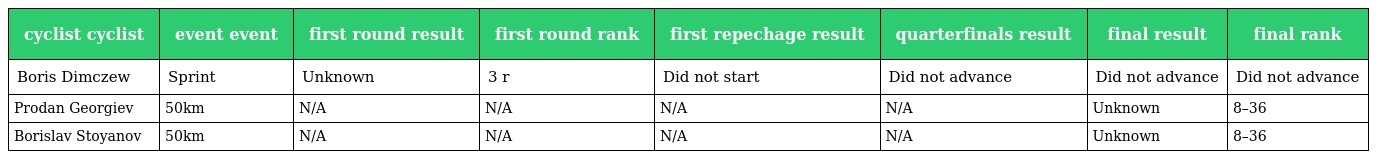
| cyclist cyclist | event event | first round result | first round rank | first repechage result | quarterfinals result | final result | final rank |
 | --- | --- | --- | --- | --- | --- | --- | --- |
 | Boris Dimczew | Sprint | Unknown | 3 r | Did not start | Did not advance | Did not advance | Did not advance |
 | Prodan Georgiev | 50km | N/A | N/A | N/A | N/A | Unknown | 8–36 |
 | Borislav Stoyanov | 50km | N/A | N/A | N/A | N/A | Unknown | 8–36 |